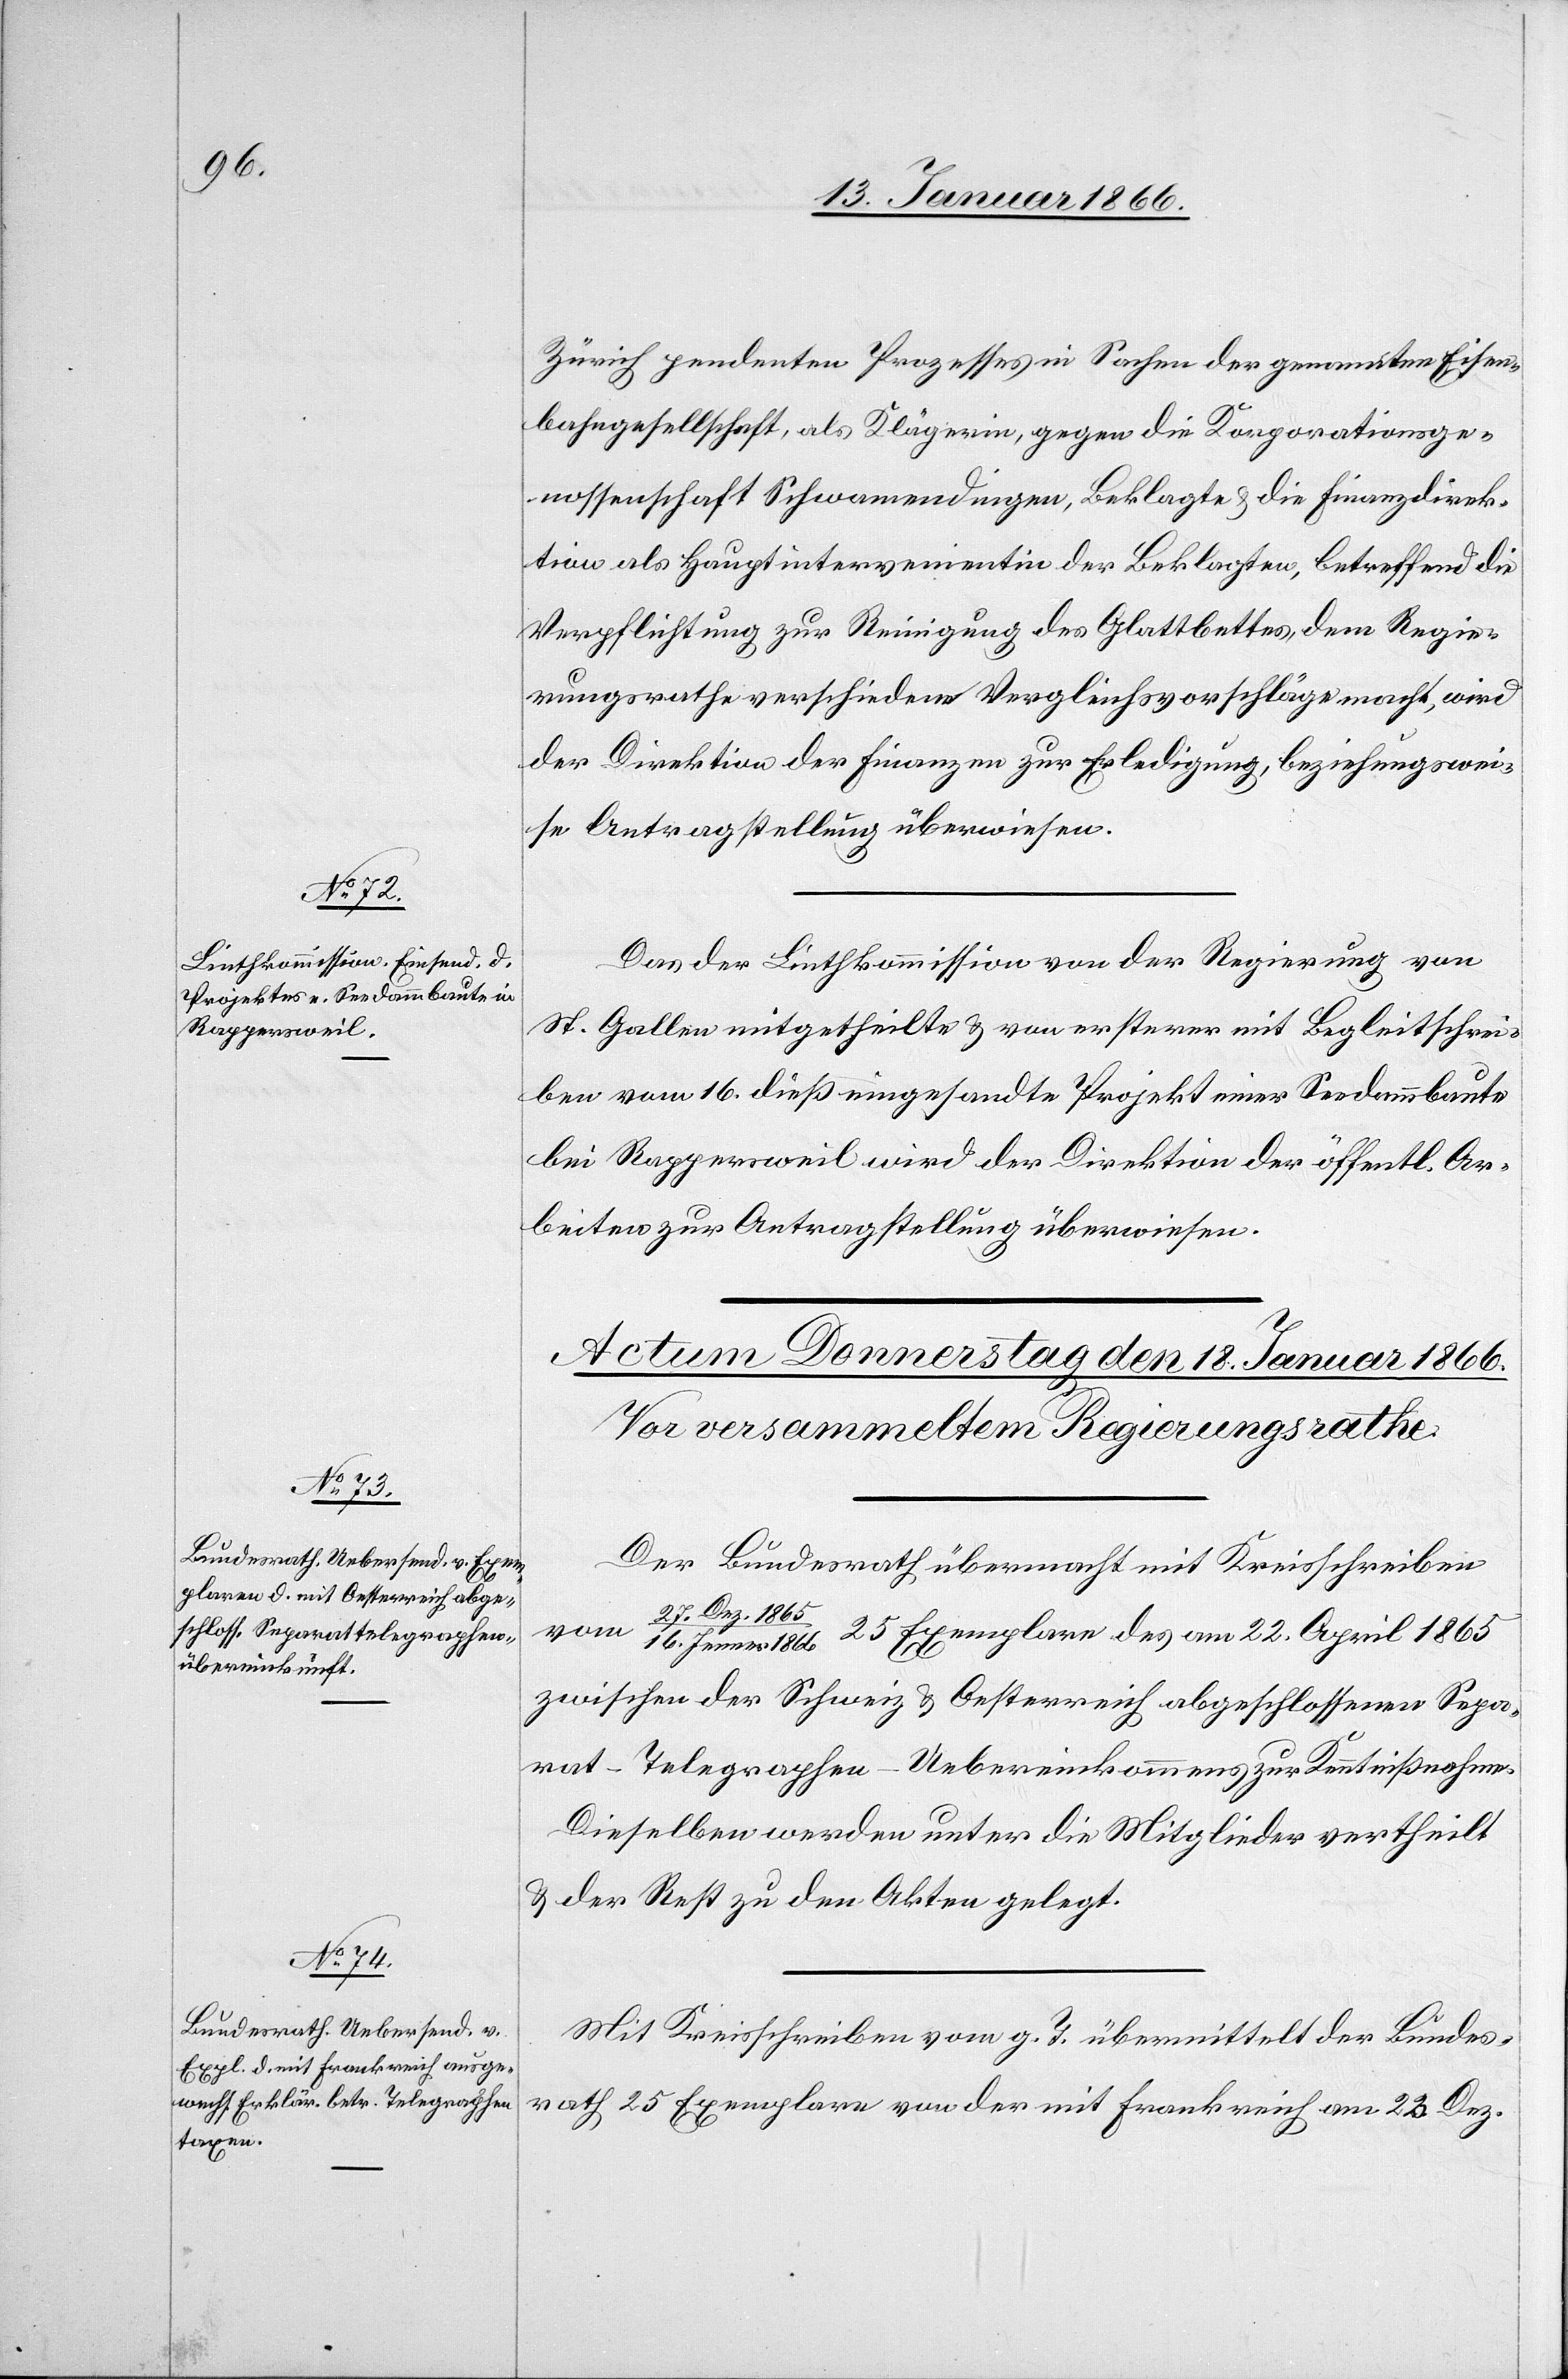
Dez.

17. Januar 1866.]
Zürich pendenten Prozesses in Sachen der genannten Eisen¬
bahngesellschaft, als Klägerin, gegen die Korporationsge¬
nossenschaft Schwamendingen, Beklagte u. die Finanzdirek¬
tion als Hauptintervenientin der Beklagten, betreffend die
Verpflichtung zur Reinigung des Glattbettes, dem Regie¬
rungsrathe verschiedene Vergleichsvorschläge macht, wird
der Direktion der Finanzen zur Erledigung, beziehungswei¬
se Antragstellung überwiesen.
Das der Linthkommission von der Regierung von
St. Gallen mitgetheilte u. von ersterer mit Begleitschrei¬
ben vom 16. dieß eingesandte Projekt einer Seedammbaute
bei Rappersweil wird der Direktion der öffentl. Ar¬
beiten zur Antragstellung überwiesen.
Der Bundesrath übermacht mit Kreisschreiben
1865/16. Jenner 1866 25 Exemplare des am 22. April 1865
zwischen der Schweiz u. Oesterreich abgeschlossenen Sepa¬
rat-Telegraphen-Uebereinkommens zur Kenntnißnahme.
Dieselben werden unter die Mitglieder vertheilt
u. der Rest zu den Akten gelegt.
Mit Kreisschreiben vom g. T. übermittelt der Bundes¬
rath 25 Exemplare von der mit Frankreich am 23 Dez.